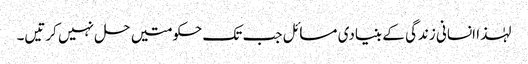
لہٰذا انسانی زندگی کے بنیادی مسائل جب تک حکومتیں حل نہیں کرتیں۔